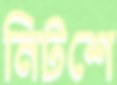
নিটশে